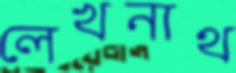
লেখনাথ